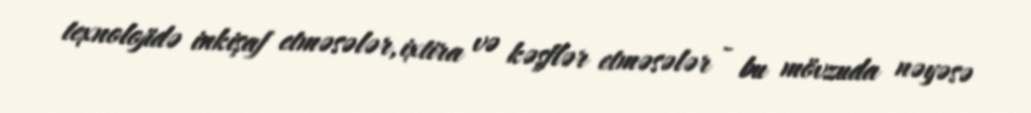
texnolojidə inkişaf etməsələr, ixtira və kəşflər etməsələr - bu mövzuda nəyəsə